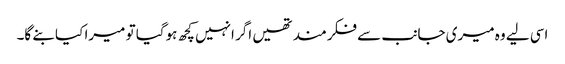
اسی لیے وہ میری جانب سے فکرمند تھیں اگر انہیں کچھ ہوگیا تو میرا کیا بنے گا۔